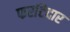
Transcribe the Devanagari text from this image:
फर्राटेदार